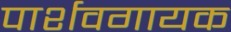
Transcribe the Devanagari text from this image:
पार्शवगायक